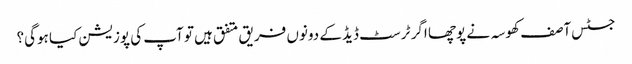
جسٹس آصف کھوسہ نے پوچھا اگر ٹرسٹ ڈیڈ کے دونوں فریق متفق ہیں تو آپ کی پوزیشن کیا ہوگی؟